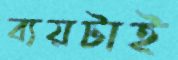
ব্যয়টাই